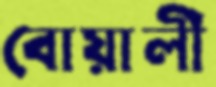
বোয়ালী